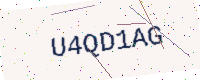
Text: U4QD1AG